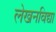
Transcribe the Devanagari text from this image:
लेखनविद्या